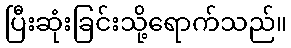
ပြီးဆုံးခြင်းသို့ရောက်သည်။